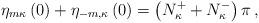
LaTeX: \begin{align*}\eta_{m\kappa}\left(0\right)+\eta_{-m,\kappa}\left(0\right)=\left(N_\kappa^++N_\kappa^-\right)\pi\,,\end{align*}